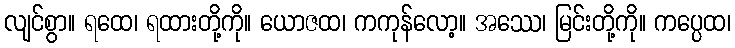
လျင်စွာ။ ရထေ၊ ရထားတို့ကို။ ယောဇထ၊ ကကုန်လော့။ အဿေ၊ မြင်းတို့ကို။ ကပ္ပေထ၊